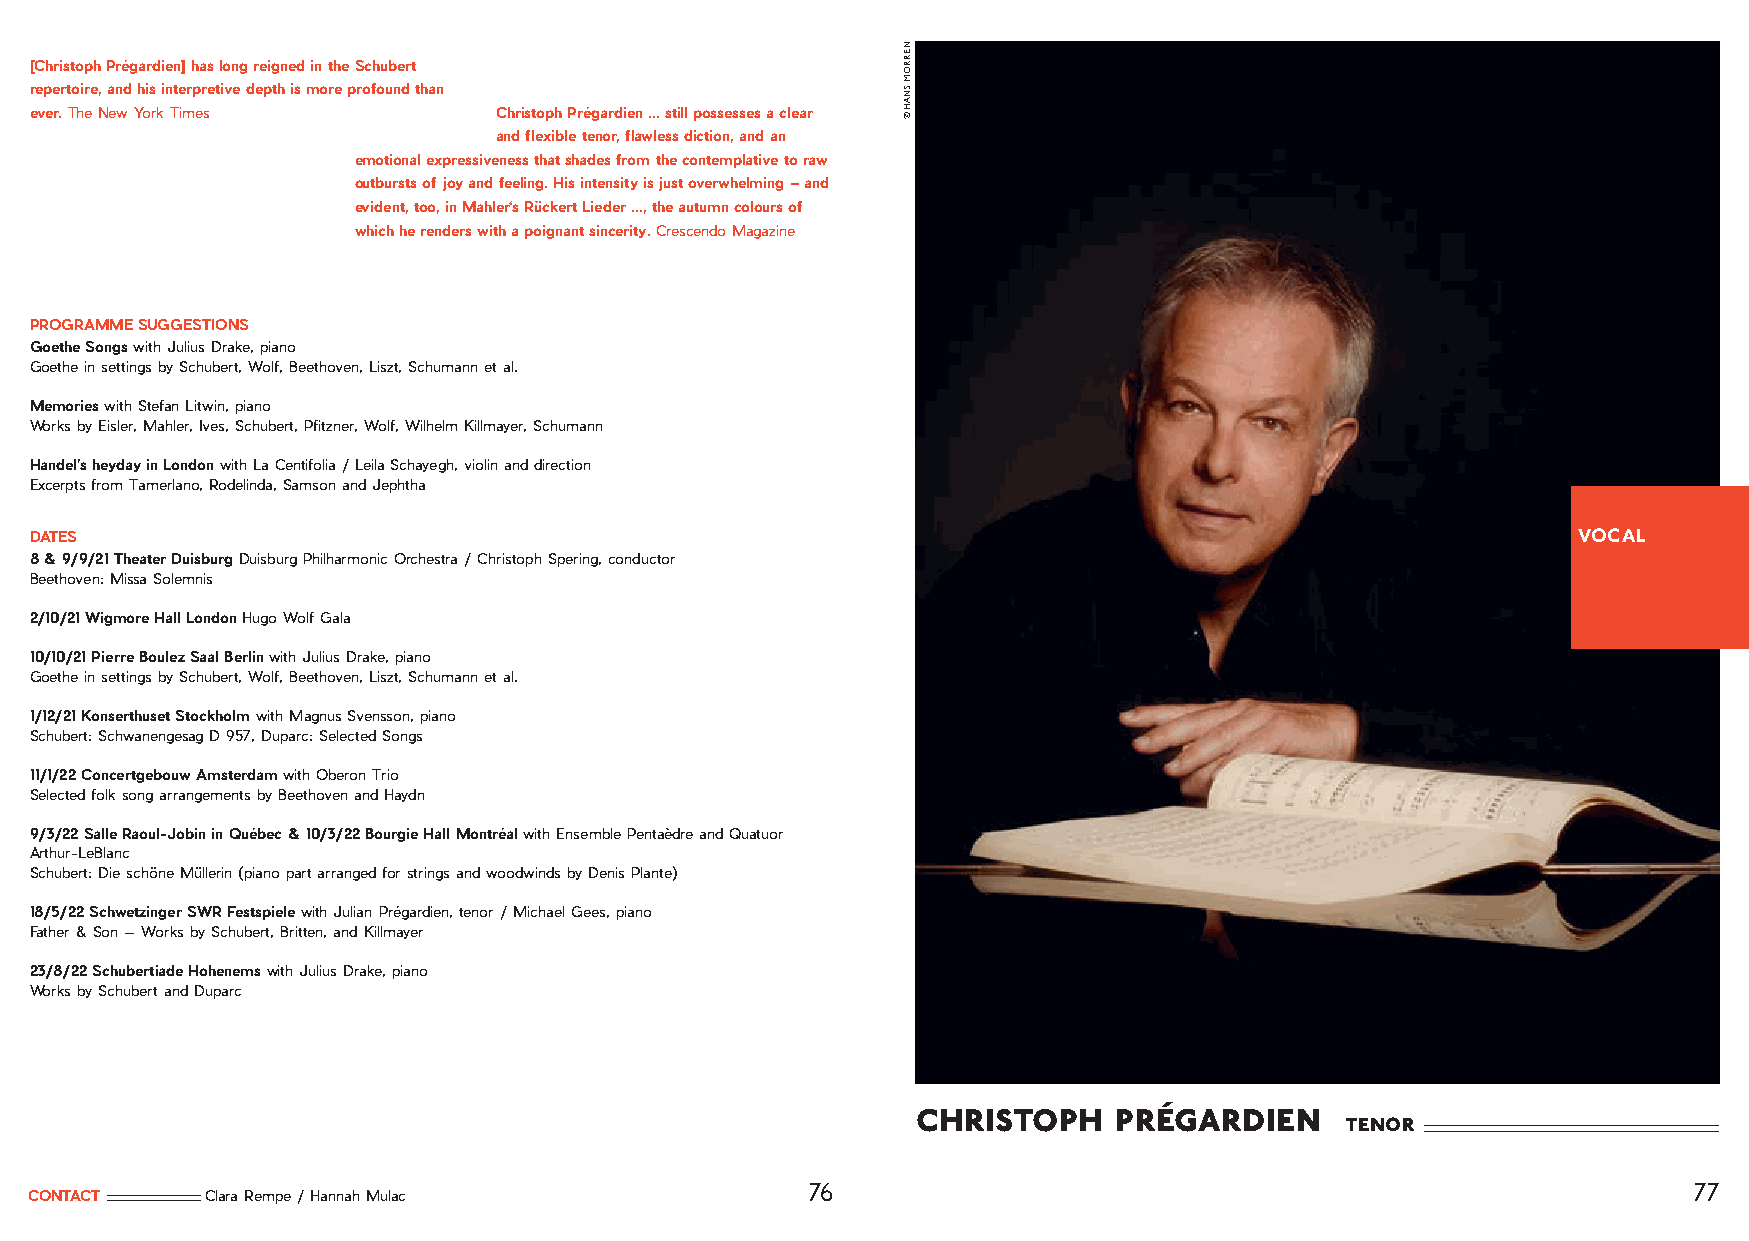
[Christoph Prégardien] has long reigned in the Schubert
 repertoire, and his interpretive depth is more profound than
 ever. The New York Times       Christoph Prégardien ... still possesses a clear
 and flexible tenor, flawless diction, and an
 emotional expressiveness that shades from the contemplative to raw
 outbursts of joy and feeling. His intensity is just overwhelming – and
 evident, too, in Mahler‘s Rückert Lieder ..., the autumn colours of
 which he renders with a poignant sincerity. Crescendo Magazine
 PROGRAMME SUGGESTIONS
 Goethe Songs with Julius Drake, piano
 Goethe in settings by Schubert, Wolf, Beethoven, Liszt, Schumann et al.
 Memories with Stefan Litwin, piano
 Works by Eisler, Mahler, Ives, Schubert, Pfitzner, Wolf, Wilhelm Killmayer, Schumann
 Handel’s heyday in London with La Centifolia / Leila Schayegh, violin and direction
 Excerpts from Tamerlano, Rodelinda, Samson and Jephtha
 DATES                                                                                                 VOCAL
 8 & 9/9/21 Theater Duisburg Duisburg Philharmonic Orchestra / Christoph Spering, conductor
 Beethoven: Missa Solemnis
 2/10/21 Wigmore Hall London Hugo Wolf Gala
 10/10/21 Pierre Boulez Saal Berlin with Julius Drake, piano
 Goethe in settings by Schubert, Wolf, Beethoven, Liszt, Schumann et al.
 1/12/21 Konserthuset Stockholm with Magnus Svensson, piano
 Schubert: Schwanengesag D 957, Duparc: Selected Songs
 11/1/22 Concertgebouw Amsterdam with Oberon Trio
 Selected folk song arrangements by Beethoven and Haydn
 9/3/22 Salle Raoul-Jobin in Québec & 10/3/22 Bourgie Hall Montréal with Ensemble Pentaèdre and Quatuor
 Arthur-LeBlanc
 Schubert: Die schöne Müllerin (piano part arranged for strings and woodwinds by Denis Plante)
 18/5/22 Schwetzinger SWR Festspiele with Julian Prégardien, tenor / Michael Gees, piano
 Father & Son — Works by Schubert, Britten, and Killmayer
 23/8/22 Schubertiade Hohenems with Julius Drake, piano
 Works by Schubert and Duparc
 christoph    prégardien
 tenor
 76                                                         77
 CONTACT     Clara Rempe / Hannah Mulac
 NERROM
 SNAH
 ©